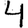
Digit: 4